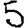
Digit: 5